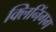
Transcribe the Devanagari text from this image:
क्लिनिंगग